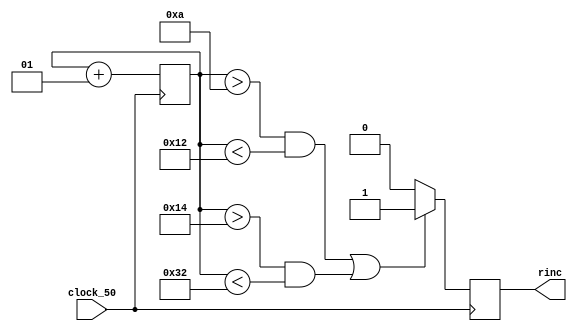
module rinc_gen(input clock_50,
output reg rinc);

integer count2=1;

always @(posedge clock_50)

begin
 if((count2 > 10 && count2<18) || (count2>20 && count2<50))
 rinc<=1;
 else
 rinc<=0;
 
count2<=count2+1;
 end
endmodule